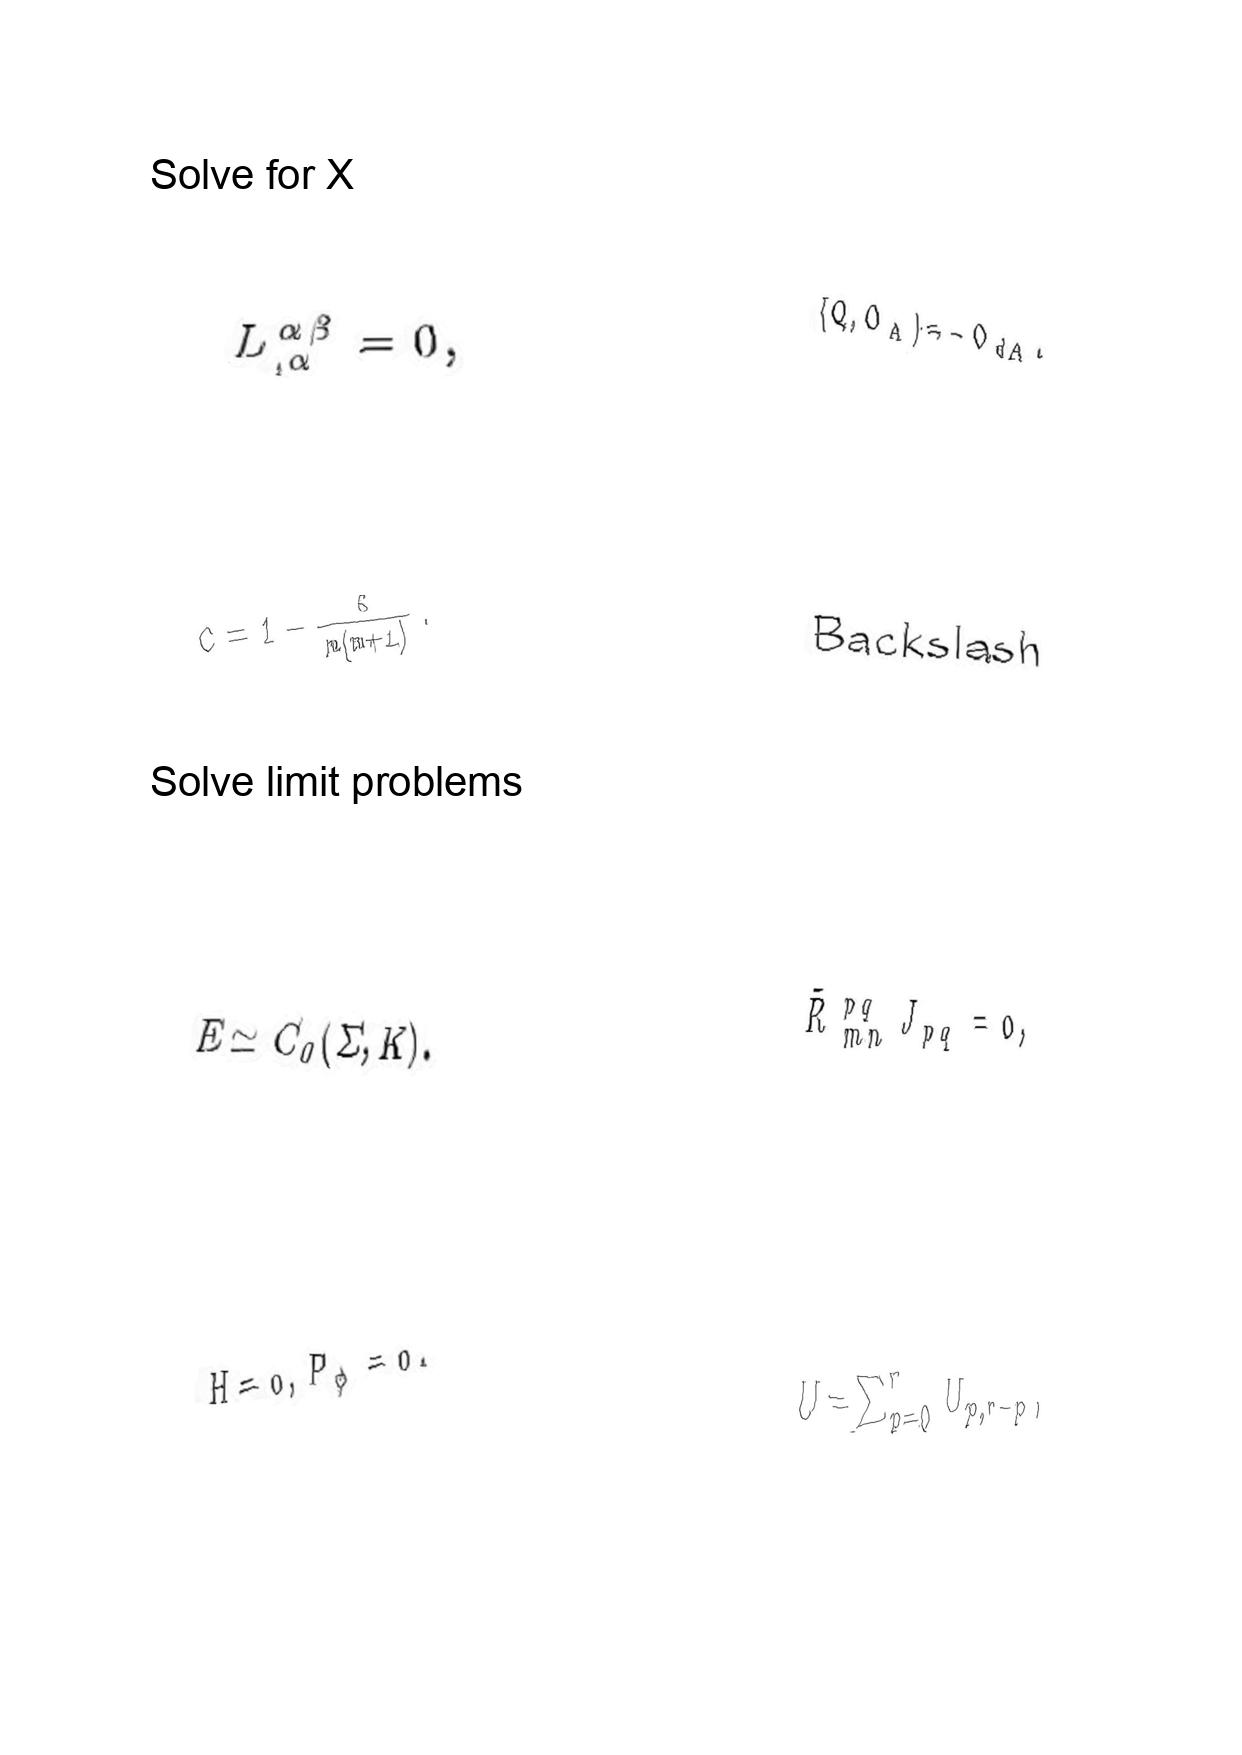
LaTeX transcription:
L ^ { \alpha \beta } _ { , \alpha } = 0 ,
c = 1 - \frac { 6 } { m \lparen m + 1 \rparen } .
E \simeq C _ { 0 } \lparen \Sigma , K \rparen .
H = 0 , P _ { \phi } = 0 .
\lbrace Q , O _ { A } \rbrace = - O _ { d A } .
B a c k s l a s h
\tilde { R } _ { m n } ^ { p q } J _ { p q } = 0 ,
U = \sum _ { p = 0 } ^ { r } U _ { p , r - p } ,